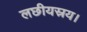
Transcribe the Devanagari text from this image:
लछीयस्रय।